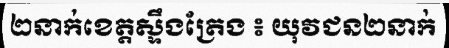
២នាក់ខេត្តស្ទឹងត្រែង ៖ យុវជន២នាក់